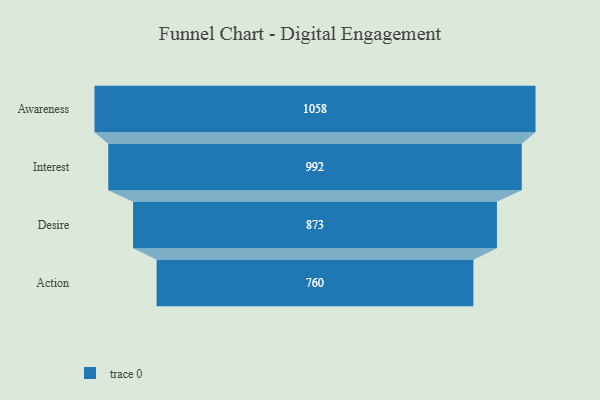
{"axis": {"x": "Stage", "y": "Value"}, "legend": [""], "data": [{"x": "Awareness", "y": 1058.0, "type": ""}, {"x": "Interest", "y": 992.0, "type": ""}, {"x": "Desire", "y": 873.0, "type": ""}, {"x": "Action", "y": 760.0, "type": ""}]}